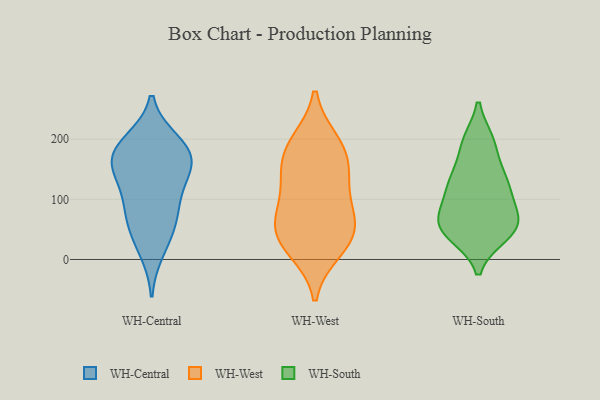
{"axis": {"x": "Temperature (°C)", "y": "Value"}, "legend": ["WH-Central", "WH-South", "WH-West"], "data": [{"x": "", "y": 191, "type": "WH-Central"}, {"x": "", "y": 86, "type": "WH-Central"}, {"x": "", "y": 183, "type": "WH-Central"}, {"x": "", "y": 126, "type": "WH-Central"}, {"x": "", "y": 159, "type": "WH-Central"}, {"x": "", "y": 60, "type": "WH-Central"}, {"x": "", "y": 14, "type": "WH-Central"}, {"x": "", "y": 164, "type": "WH-Central"}, {"x": "", "y": 166, "type": "WH-Central"}, {"x": "", "y": 91, "type": "WH-Central"}, {"x": "", "y": 143, "type": "WH-Central"}, {"x": "", "y": 47, "type": "WH-Central"}, {"x": "", "y": 196, "type": "WH-Central"}, {"x": "", "y": 54, "type": "WH-West"}, {"x": "", "y": 85, "type": "WH-West"}, {"x": "", "y": 133, "type": "WH-West"}, {"x": "", "y": 137, "type": "WH-West"}, {"x": "", "y": 187, "type": "WH-West"}, {"x": "", "y": 169, "type": "WH-West"}, {"x": "", "y": 194, "type": "WH-West"}, {"x": "", "y": 73, "type": "WH-West"}, {"x": "", "y": 17, "type": "WH-West"}, {"x": "", "y": 34, "type": "WH-West"}, {"x": "", "y": 36, "type": "WH-West"}, {"x": "", "y": 195, "type": "WH-South"}, {"x": "", "y": 69, "type": "WH-South"}, {"x": "", "y": 140, "type": "WH-South"}, {"x": "", "y": 56, "type": "WH-South"}, {"x": "", "y": 195, "type": "WH-South"}, {"x": "", "y": 196, "type": "WH-South"}, {"x": "", "y": 58, "type": "WH-South"}, {"x": "", "y": 115, "type": "WH-South"}, {"x": "", "y": 44, "type": "WH-South"}, {"x": "", "y": 135, "type": "WH-South"}, {"x": "", "y": 124, "type": "WH-South"}, {"x": "", "y": 40, "type": "WH-South"}, {"x": "", "y": 54, "type": "WH-South"}, {"x": "", "y": 68, "type": "WH-South"}, {"x": "", "y": 40, "type": "WH-South"}, {"x": "", "y": 99, "type": "WH-South"}, {"x": "", "y": 87, "type": "WH-South"}, {"x": "", "y": 138, "type": "WH-South"}]}